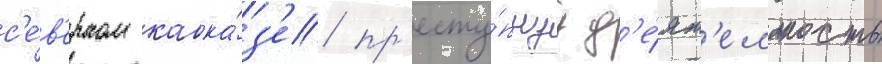
с'е́в'ерном кавка́з'е пр'есту́пнуу д'е́ят'ельность